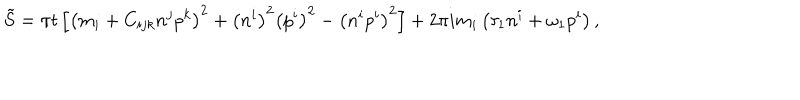
LaTeX: \tilde { S } = \pi t \left[ \left( m _ { i } + C _ { i j k } n ^ { j } p ^ { k } \right) ^ { 2 } + \left( n ^ { i } \right) ^ { 2 } \left( p ^ { i } \right) ^ { 2 } - \left( n ^ { i } p ^ { i } \right) ^ { 2 } \right] + 2 \pi i m _ { i } \left( \tau _ { 1 } n ^ { i } + \omega _ { 1 } p ^ { i } \right) ,